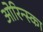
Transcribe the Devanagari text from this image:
ओरिन्स्का